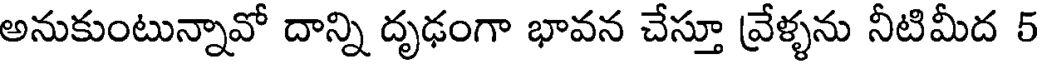
అనుకుంటున్నావో దాన్ని దృఢంగా భావన చేస్తూ వ్రేళ్ళను నీటిమీద 5